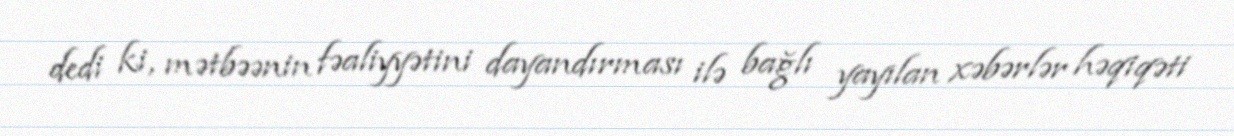
dedi ki, mətbəənin fəaliyyətini dayandırması ilə bağlı yayılan xəbərlər həqiqəti